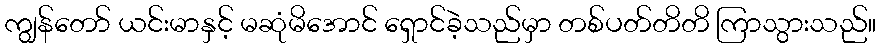
ကျွန်တော် ယင်းမာနှင့် မဆုံမိအောင် ရှောင်ခဲ့သည်မှာ တစ်ပတ်တိတိ ကြာသွားသည်။